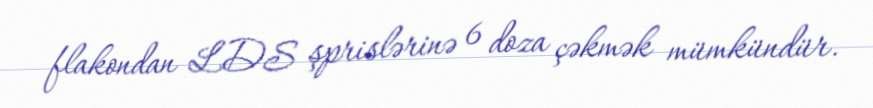
flakondan LDS şprislərinə 6 doza çəkmək mümkündür.